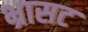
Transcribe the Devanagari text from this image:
भ्रासट